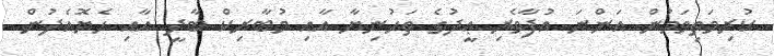
ކުރިމަތިވަމުން އަންނަ އުފާވެރި ޢީދުގެ ތަހުނިޔާ އާއި މުބާރިކް ބާދީ އާއި ހެޔޮއެދުން